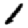
Digit: 1